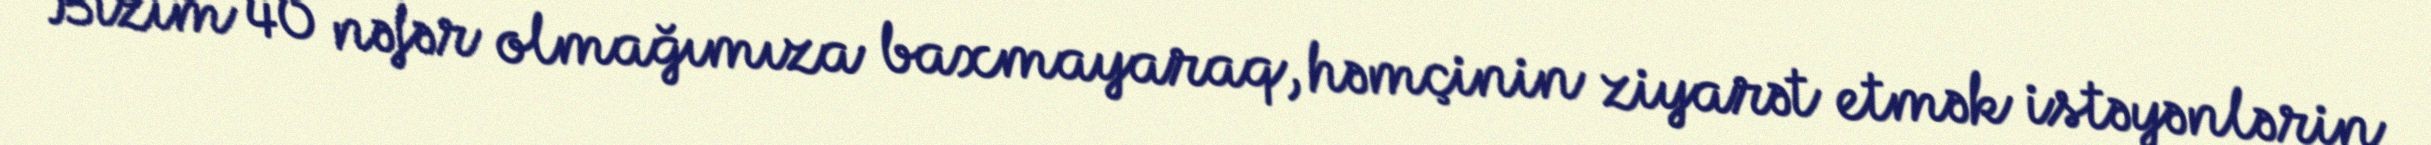
Bizim 40 nəfər olmağımıza baxmayaraq, həmçinin ziyarət etmək istəyənlərin